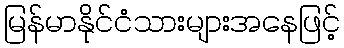
မြန်မာနိုင်ငံသားများအနေဖြင့်